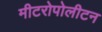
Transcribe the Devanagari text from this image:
मीटरोपोलीटन